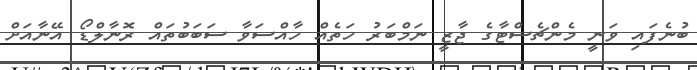
ބުނެފައި ވަނީ މެންޗެސްޓާގެ ޖާޒީ ނަމްބަރު ހަތެއް ހާއްސަވާ ސަބަބުތައް ރޮނާލްޑޯ އޭނާއަށް